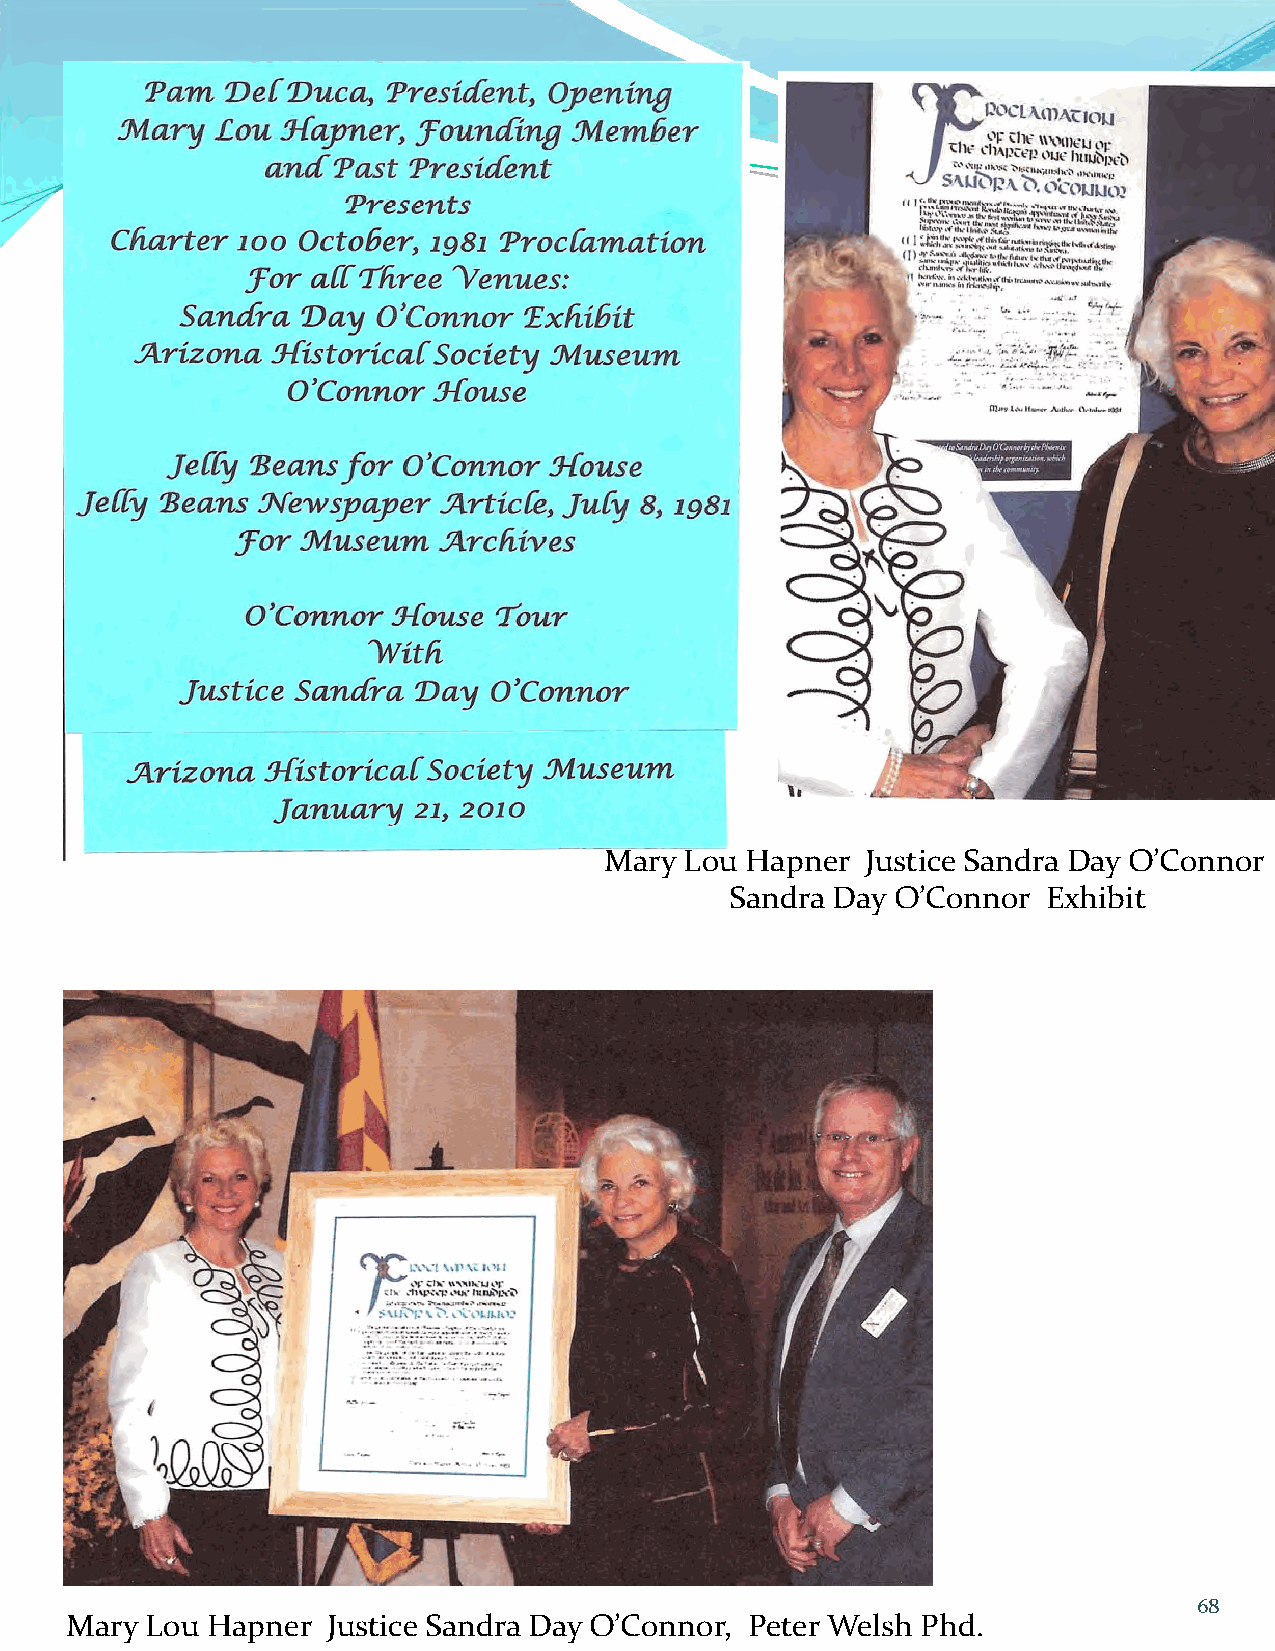
Mary Lou Hapner  Justice Sandra Day O’Connor
 Sandra Day O’Connor  Exhibit
 68
 Mary  Lou Hapner  Justice Sandra Day O’Connor, Peter Welsh Phd.